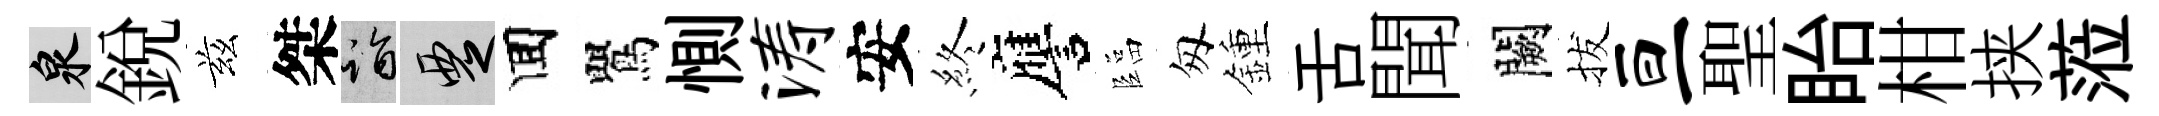
泉銳兹桀诣覂囬鸎惻涛安終譍臨匆鍾舌聞闕拔亘聖眙柑挟蒞